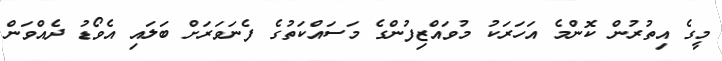
މީގެ އިތުރުން ކޮންމެ އަހަރަކު މުވައްޒިފުންގެ މަސައްކަތުގެ ފެނަވަރަށް ބަލައި އެވޯޑު ދެއްވަން